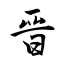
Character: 晉